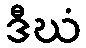
ဒီဃံ